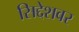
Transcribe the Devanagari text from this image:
सिद्देशवर